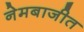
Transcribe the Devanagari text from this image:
नेमबाजीत